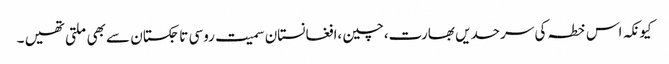
کیونکہ اس خطہ کی سرحدیں بھارت،چین ،افغانستان سمیت روسی تاجکستان سے بھی ملتی تھیں ۔